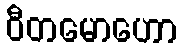
ဝီတမောဟော